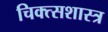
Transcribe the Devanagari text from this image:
चिक्त्सशास्त्र